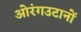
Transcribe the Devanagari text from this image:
ओरंगउटानों